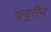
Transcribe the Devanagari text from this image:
फ़्यूरीन